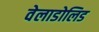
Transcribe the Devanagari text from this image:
वेलाडोलिड